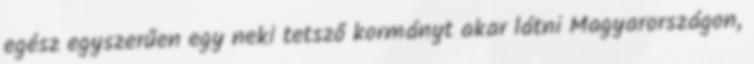
egész egyszerűen egy neki tetsző kormányt akar látni Magyarországon,